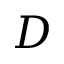
D